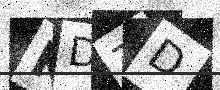
Text: KDZD